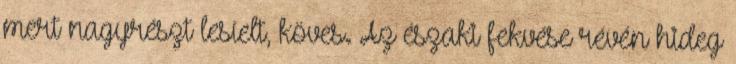
mert nagyrészt lesíelt, köves. Az északi fekvése révén hideg